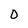
Character: 0